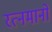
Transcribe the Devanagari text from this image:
रत्नमानो